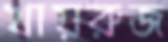
খায়রুজ